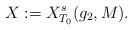
LaTeX: \begin{align*}X:=X_{T_{0}}^{s}(g_{2},M).\end{align*}